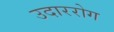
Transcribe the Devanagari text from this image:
उदाररोग